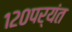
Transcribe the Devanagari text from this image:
१२०पर्यंत